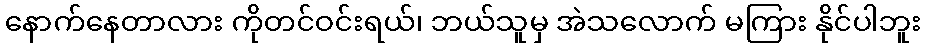
နောက်နေတာလား ကိုတင်ဝင်းရယ်၊ ဘယ်သူမှ အဲသလောက် မကြား နိုင်ပါဘူး